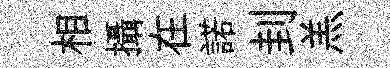
相攝在諾刲羔